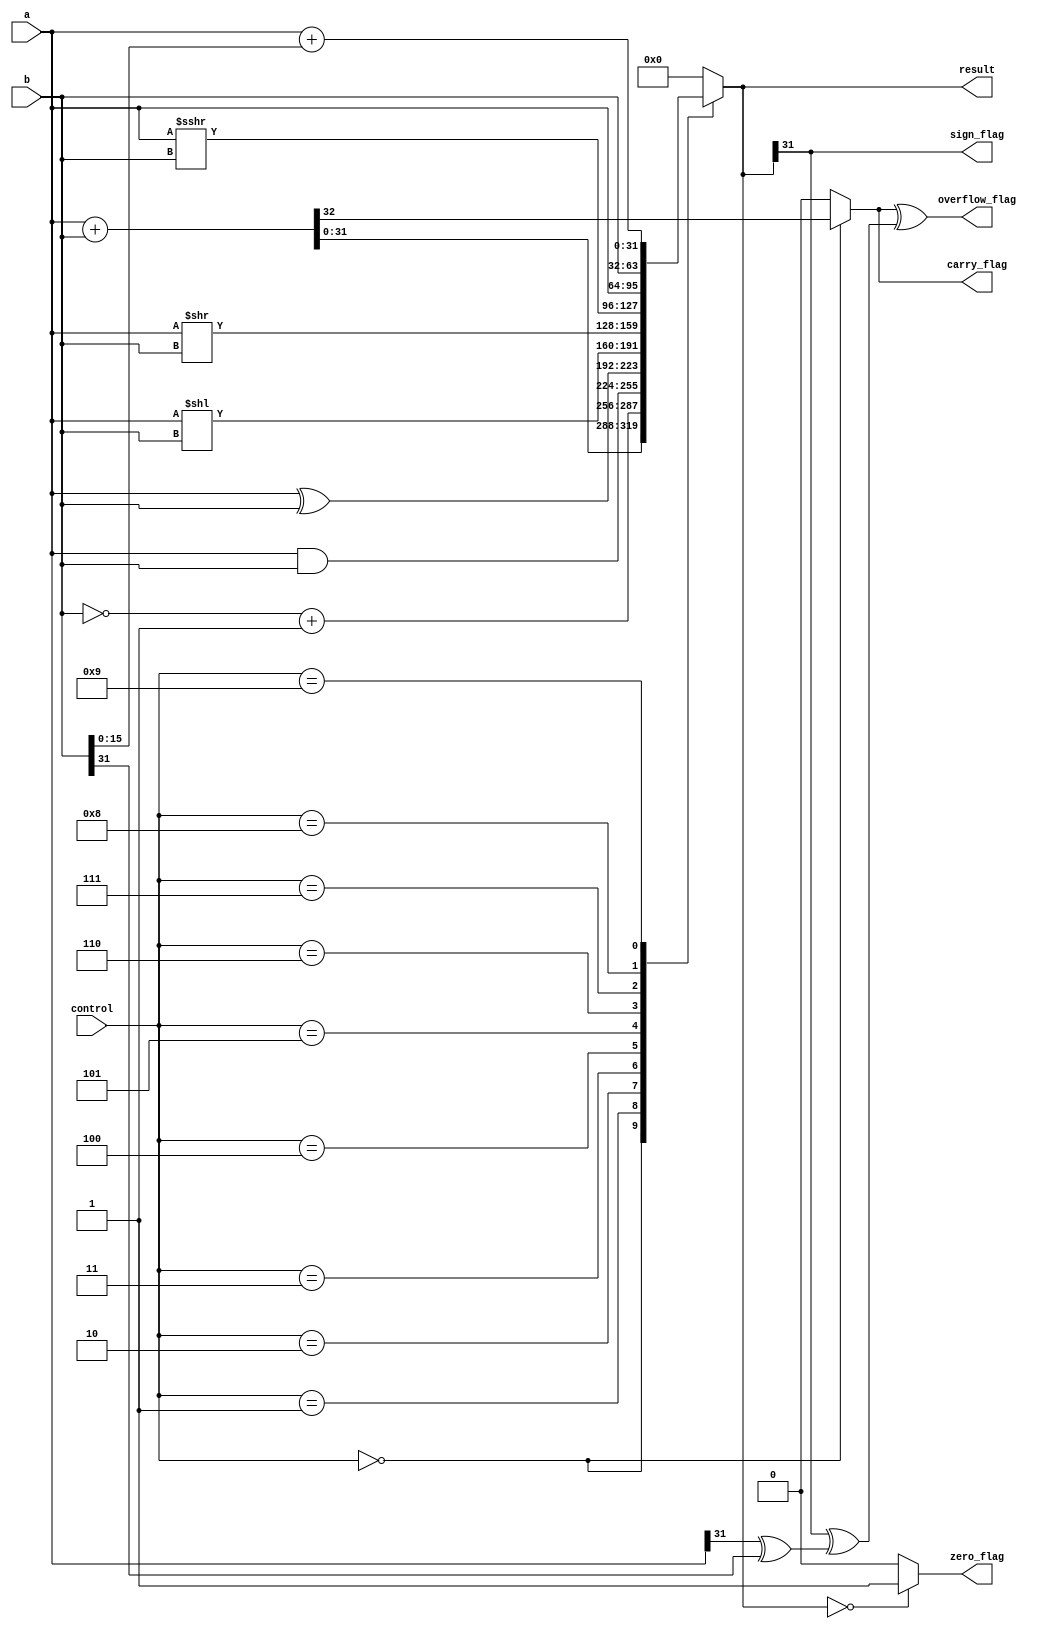
`timescale 1ns / 1ps
`default_nettype none
//////////////////////////////////////////////////////////////////////////////////
/*
Assignment No - 7
Semester - Autumn 2018
Group - 3
Members:
  G Rahul KrantiKiran - 16CS10018
  Sai Saketh Aluru - 16CS30030
*/
//////////////////////////////////////////////////////////////////////////////////

//The ALU Module!
//A purely combinational module
//recieves control instruction form the Control UNit
module ALU(input wire [31:0] a, input wire [31:0] b, input wire [3:0] control, output reg [31:0] result,output reg zero_flag,
				output reg carry_flag, output reg sign_flag, output reg overflow_flag);

	always @(a or b or control)
	begin
		carry_flag = 0;// Setting all flags to zero initially
		zero_flag = 0;
		sign_flag =0;
		overflow_flag = 0;
		case(control)
			4'b0000: {carry_flag,result} = a+b;//Addition. And addition is the only operation with the chance of generating a carry
			4'b0001: result = ~b+1;//Compliment
			4'b0010: result = a&b;//And operation
			4'b0011: result = a^b;//Or operation
			4'b0100: result = a<<b;//Left shift
			4'b0101: result = a>>b;//Right shift
			4'b0110: result = a>>>b;// Sign preserve right shift
			4'b0111: result = a;// Bypass the ALU. Operation important for branching
			4'b1000: result = b;// Bypass the ALU. Operation important for branching
			4'b1001: result = a + b[15:0]; 	// Add LSB side half word for calculating memory offset
			default:  result = 32'd0; // Default does nothing
		endcase
		zero_flag = (result == 32'd0)?1:0;// If result is zero the set zero flag
		sign_flag = result[31]; // the sign flag is the sign bit of the result
		overflow_flag = carry_flag^(result[31]^(a[31]^b[31])); // the overflow flag
	end	

endmodule